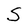
Character: S